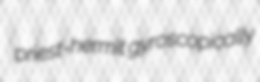
priest-hermit gyroscopically